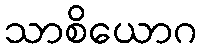
သာစိယောဂ